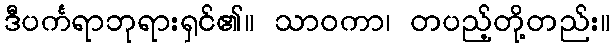
ဒီပင်္ကရာဘုရားရှင်၏။ သာဝကာ၊ တပည့်တို့တည်း။